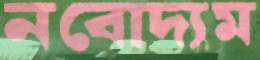
নবোদ্যম